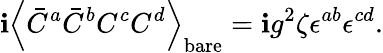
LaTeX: \mathbf{i}\left<\bar{{C}}^{a}\bar{{C}}^{b}C^{c}C^{d}\right>_{\mathrm{{bare}}}=\mathbf{i}g^{2}\zeta\epsilon^{ab}\epsilon^{cd}.